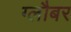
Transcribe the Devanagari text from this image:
ग्लौबर